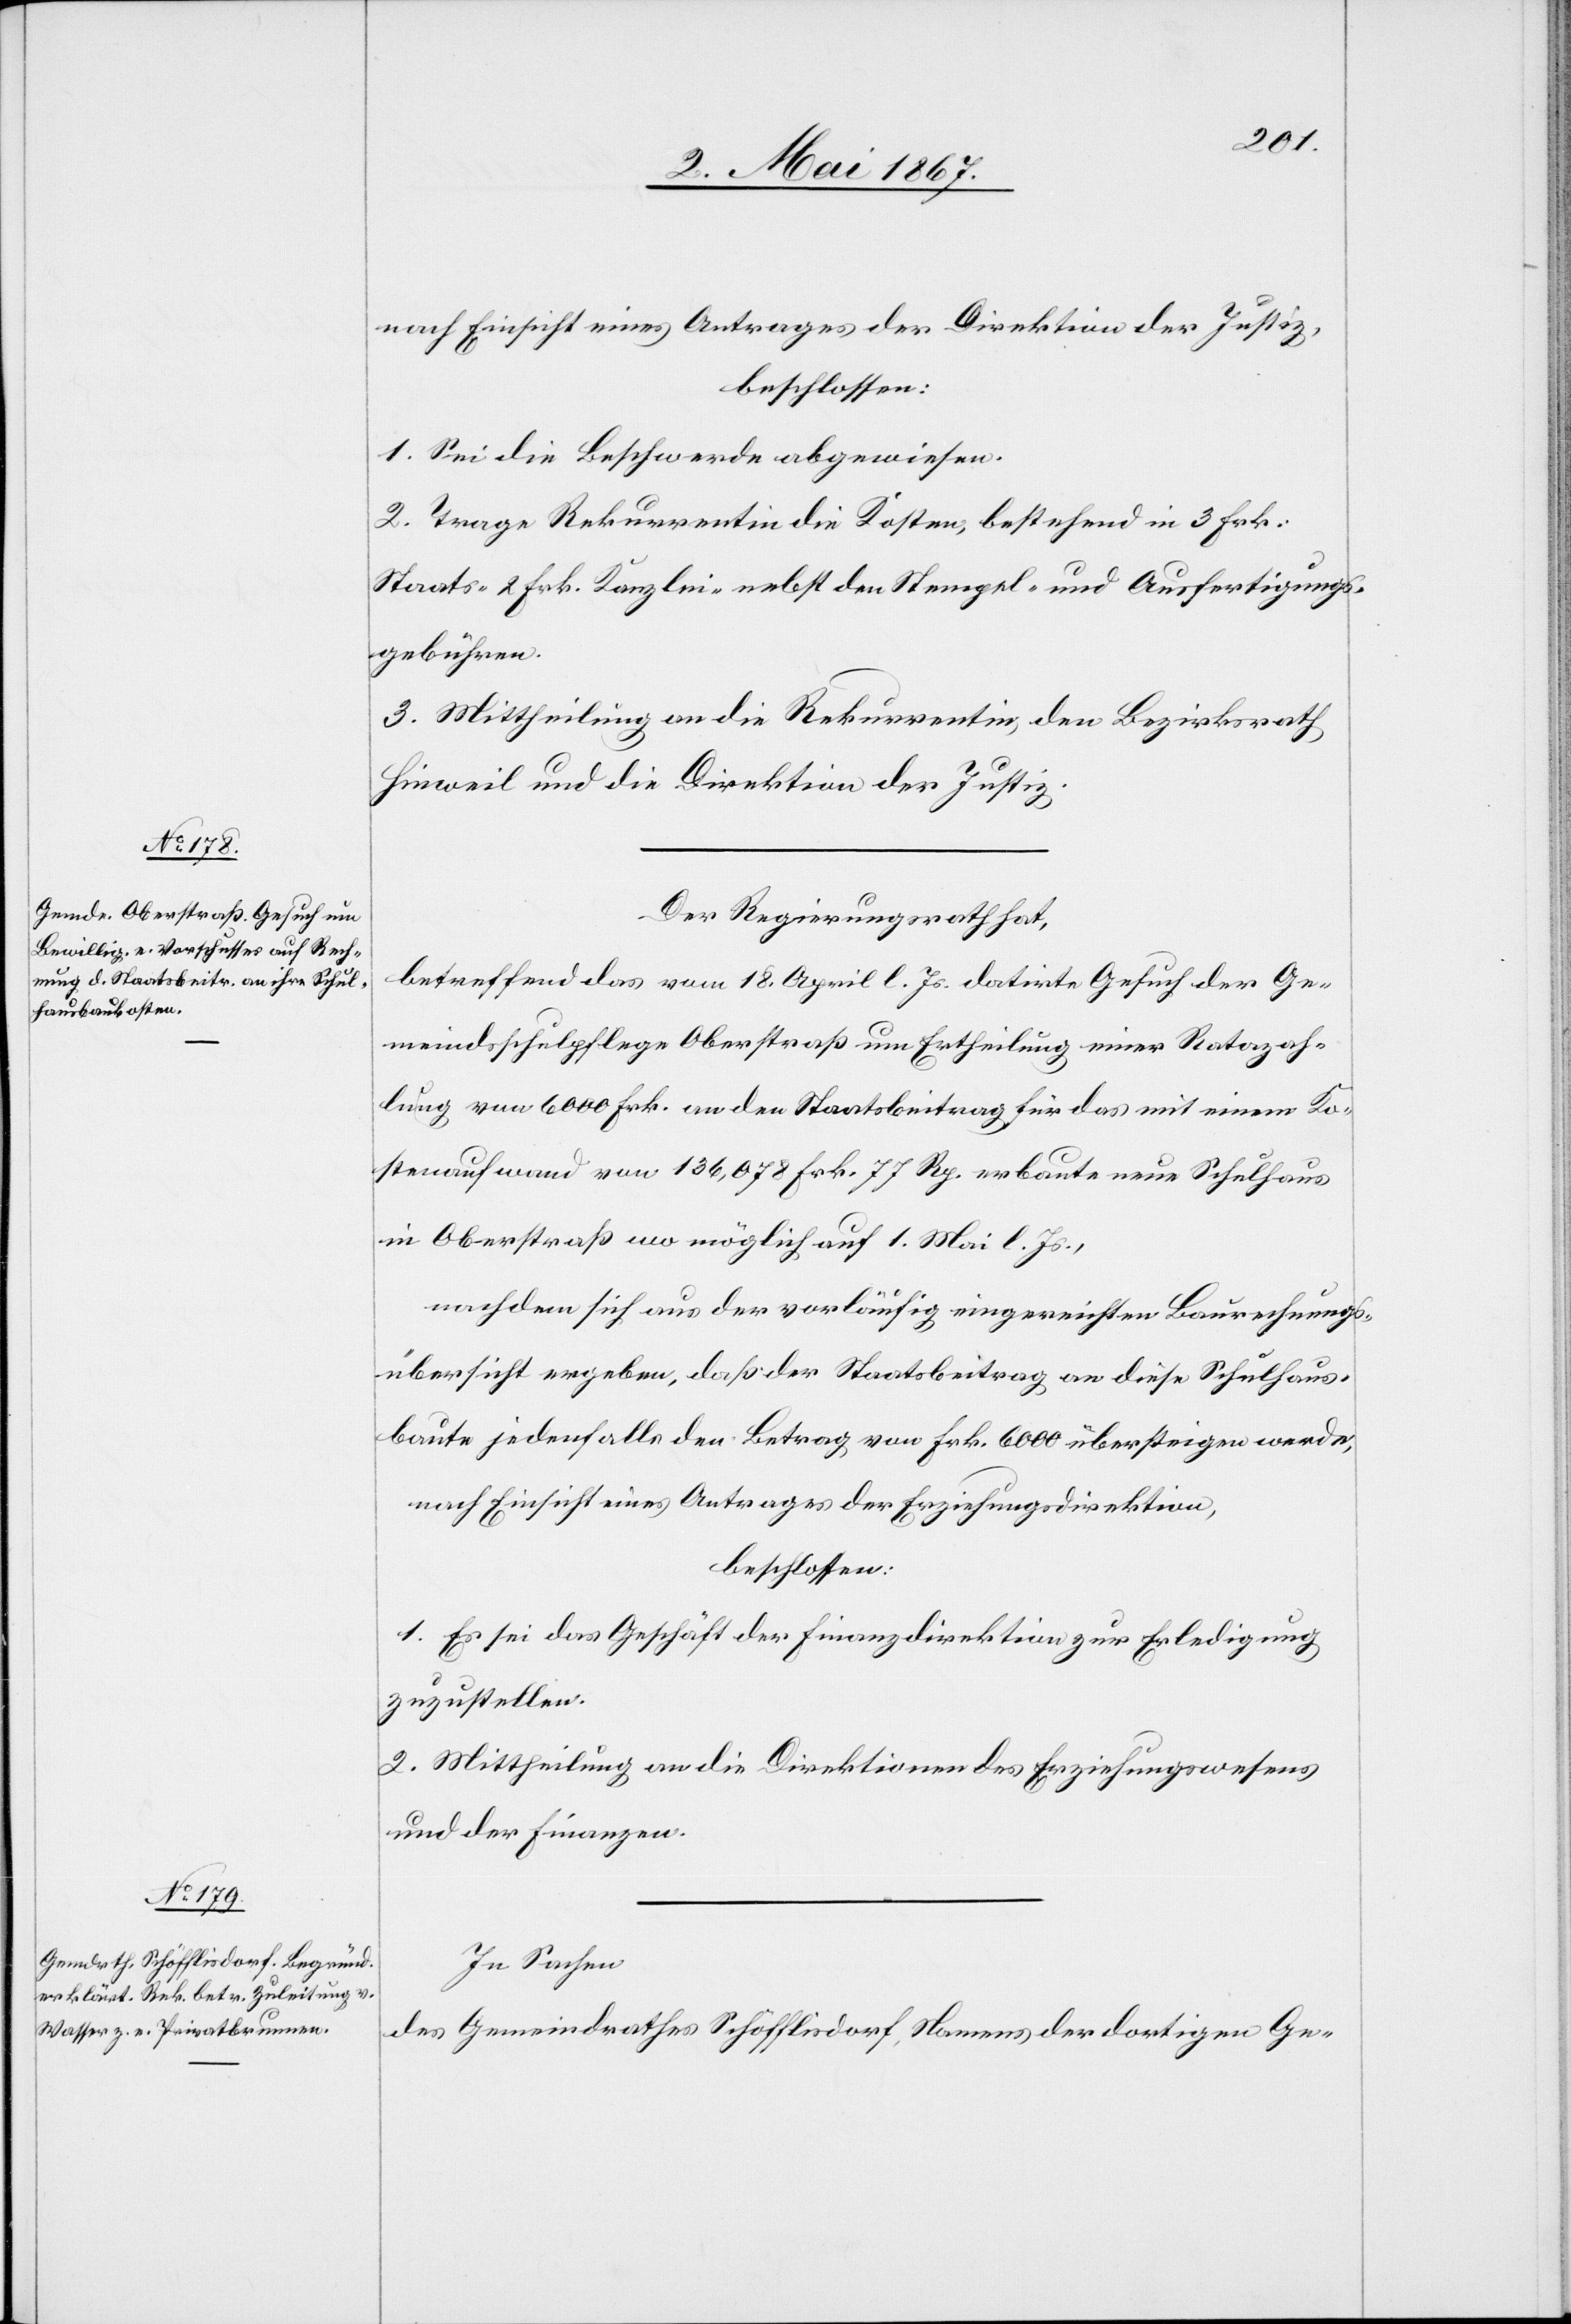
nach Einsicht eines Antrages der Direktion der Justiz,
beschlossen:
1. Sei die Beschwerde abgewiesen.
2. Trage Rekurrentin die Kosten, bestehend in 3. Frk.
Staats-[,] 2 Frk. Kanzlei- nebst den Stempel- und Ausfertigungs¬
gebühren.
3. Mittheilung an die Rekurrentin, den Bezirksrath
Hinweil und die Direktion der Justiz.
Der Regierungsrath hat,
betreffend das vom 18. April l. Js. datirte Gesuch der Ge¬
meindsschulpflege Oberstraß um Ertheilung einer Ratazah¬
lung von 6000 Frk. an den Staatsbeitrag für das mit einem Ko¬
stenaufwand von 136,078 Frk. 77 Rp. erbaute neue Schulhaus
in Oberstraß womöglich auf 1. Mai l. Js.,
nachdem sich aus der vorläufig eingereichten Baurechnungs¬
übersicht ergeben, daß der Staatsbeitrag an diese Schulhaus¬
baute jedenfalls den Betrag von Frk. 6000 übersteigen werde,
nach Einsicht eines Antrages der Erziehungsdirektion,
beschlossen:
1. Es sei das Geschäft der Finanzdirektion zur Erledigung
zuzustellen.
2. Mittheilung an die Direktionen des Erziehungswesens
und der Finanzen.
In Sachen
des Gemeindrathes Schöfflisdorf, Namens der dortigen Ge-